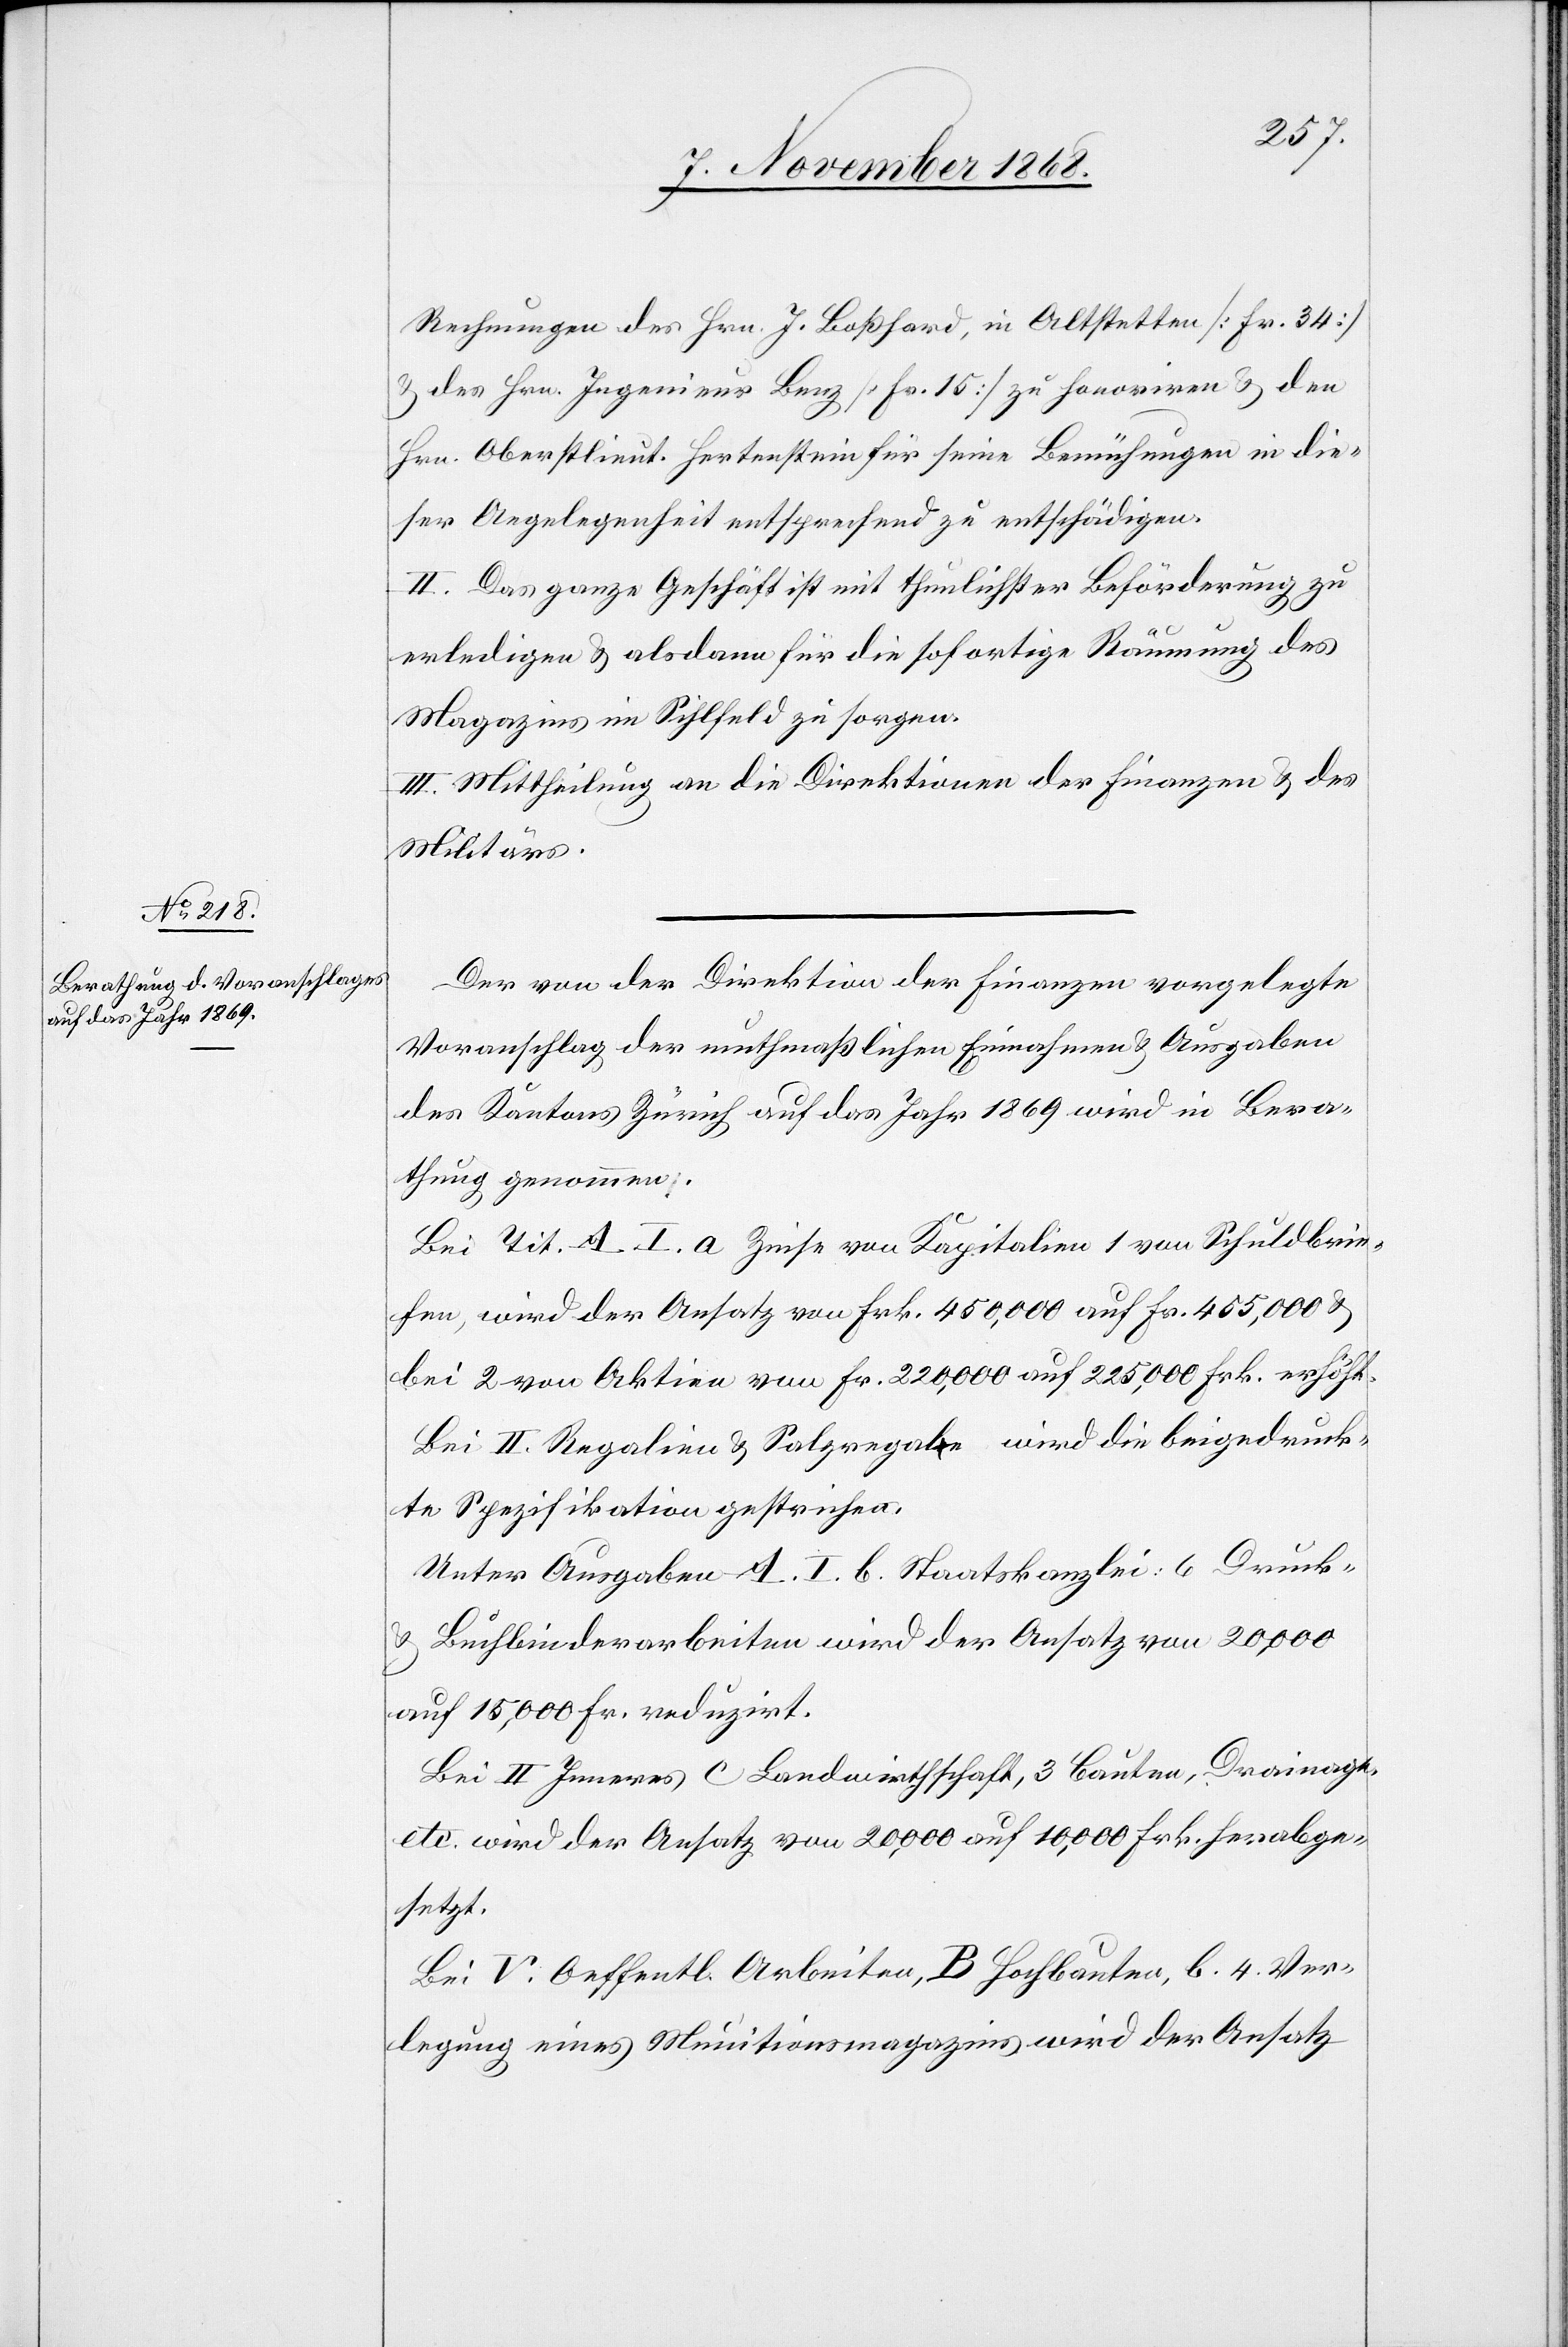
Rechnungen des Hrn. J. Boßhard, in Altstetten [Fr. 34]
& des Hrn. Ingenieur Benz [Fr. 15] zu honoriren & den
Hrn. Oberstlieut. Hertenstein für seine Bemühungen in die¬
ser Angelegenheit entsprechend zu entschädigen.
II. Das ganze Geschäft ist mit thunlichster Beförderung zu
erledigen & alsdann für die sofortige Räumung des
Magazins im Sihlfeld zu sorgen.
III. Mittheilung an die Direktionen der Finanzen & des
Militärs.
Der von der Direktion der Finanzen vorgelegte
Voranschlag der muthmaßlichen Einnahmen & Ausgaben
des Kantons Zürich auf das Jahr 1869 wird in Bera¬
thung genommen.
Bei Tit. A. I. a Zinse von Kapitalien 1 von Schuldbrie¬
fen, wird der Ansatz von Frk. 450,000 auf Fr. 455,000 &
bei 2 von Aktien von Fr. 220,000 auf 225,000 Frk. erhöht.
Bei II. Regalien & Salzregale wird die beigedruck¬
te Spezifikation gestrichen.
Unter Ausgaben A. I. b. Staatskanzlei: 6 Druck-
& Buchbinderarbeiten wird der Ansatz von 20,000
auf 15,000 Fr. reduzirt.
Bei II Inneres C Landwirthschaft, 3 Bauten, Drainage,
etc. wird der Ansatz von 20,000 auf 10,000 Frk. herabge¬
setzt.
Bei V. Oeffentl. Arbeiten, B Hochbauten, b. 4. Ver¬
legung eines Munitionsmagazins wird der Ansatz